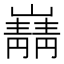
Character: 𫶠